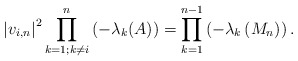
\begin{align*} \left|v_{i, n}\right|^{2} \prod_{k=1 ; k \neq i}^{n}\left(-\lambda_{k}(A)\right)=\prod_{k=1}^{n-1}\left(-\lambda_{k}\left(M_{n}\right)\right) . \end{align*}